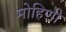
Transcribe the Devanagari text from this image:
मोहिणी